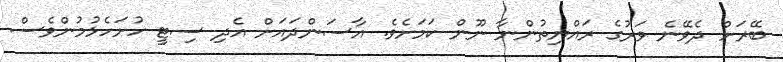
ބޭރަށް ދެވޭނެ ވަރުގެ ރައްޔިތުންނާ ނޫން ކަމަށެވެ. އާސަންދައަށް އެދި ސިޓީ ހުށަހެޅުމުންވެސް